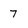
Character: 7